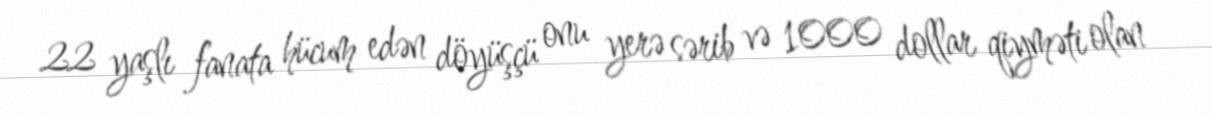
22 yaşlı fanata hücum edən döyüşçü onu yerə sərib və 1000 dollar qiyməti olan